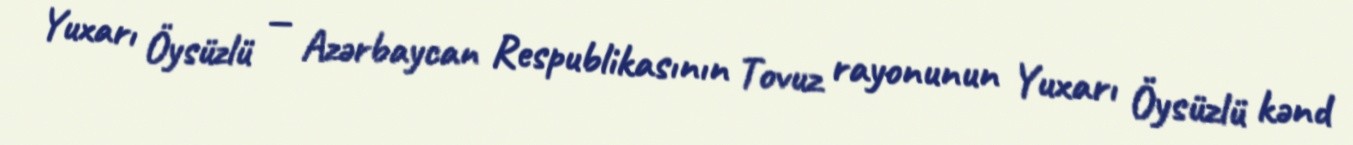
Yuxarı Öysüzlü — Azərbaycan Respublikasının Tovuz rayonunun Yuxarı Öysüzlü kənd